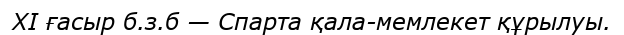
XI ғасыр б.з.б — Спарта қала-мемлекет құрылуы.